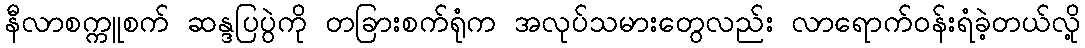
နီလာစက္ကူစက် ဆန္ဒပြပွဲကို တခြားစက်ရုံက အလုပ်သမားတွေလည်း လာရောက်ဝန်းရံခဲ့တယ်လို့